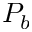
P _ { b }